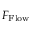
F _ { \mathrm { F l o w } }